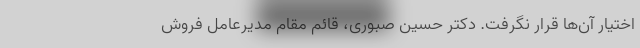
اختیار آن‌ها قرار نگرفت. دکتر حسین صبوری، قائم مقام مدیرعامل فروش